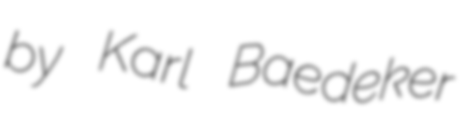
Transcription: by Karl Baedeker